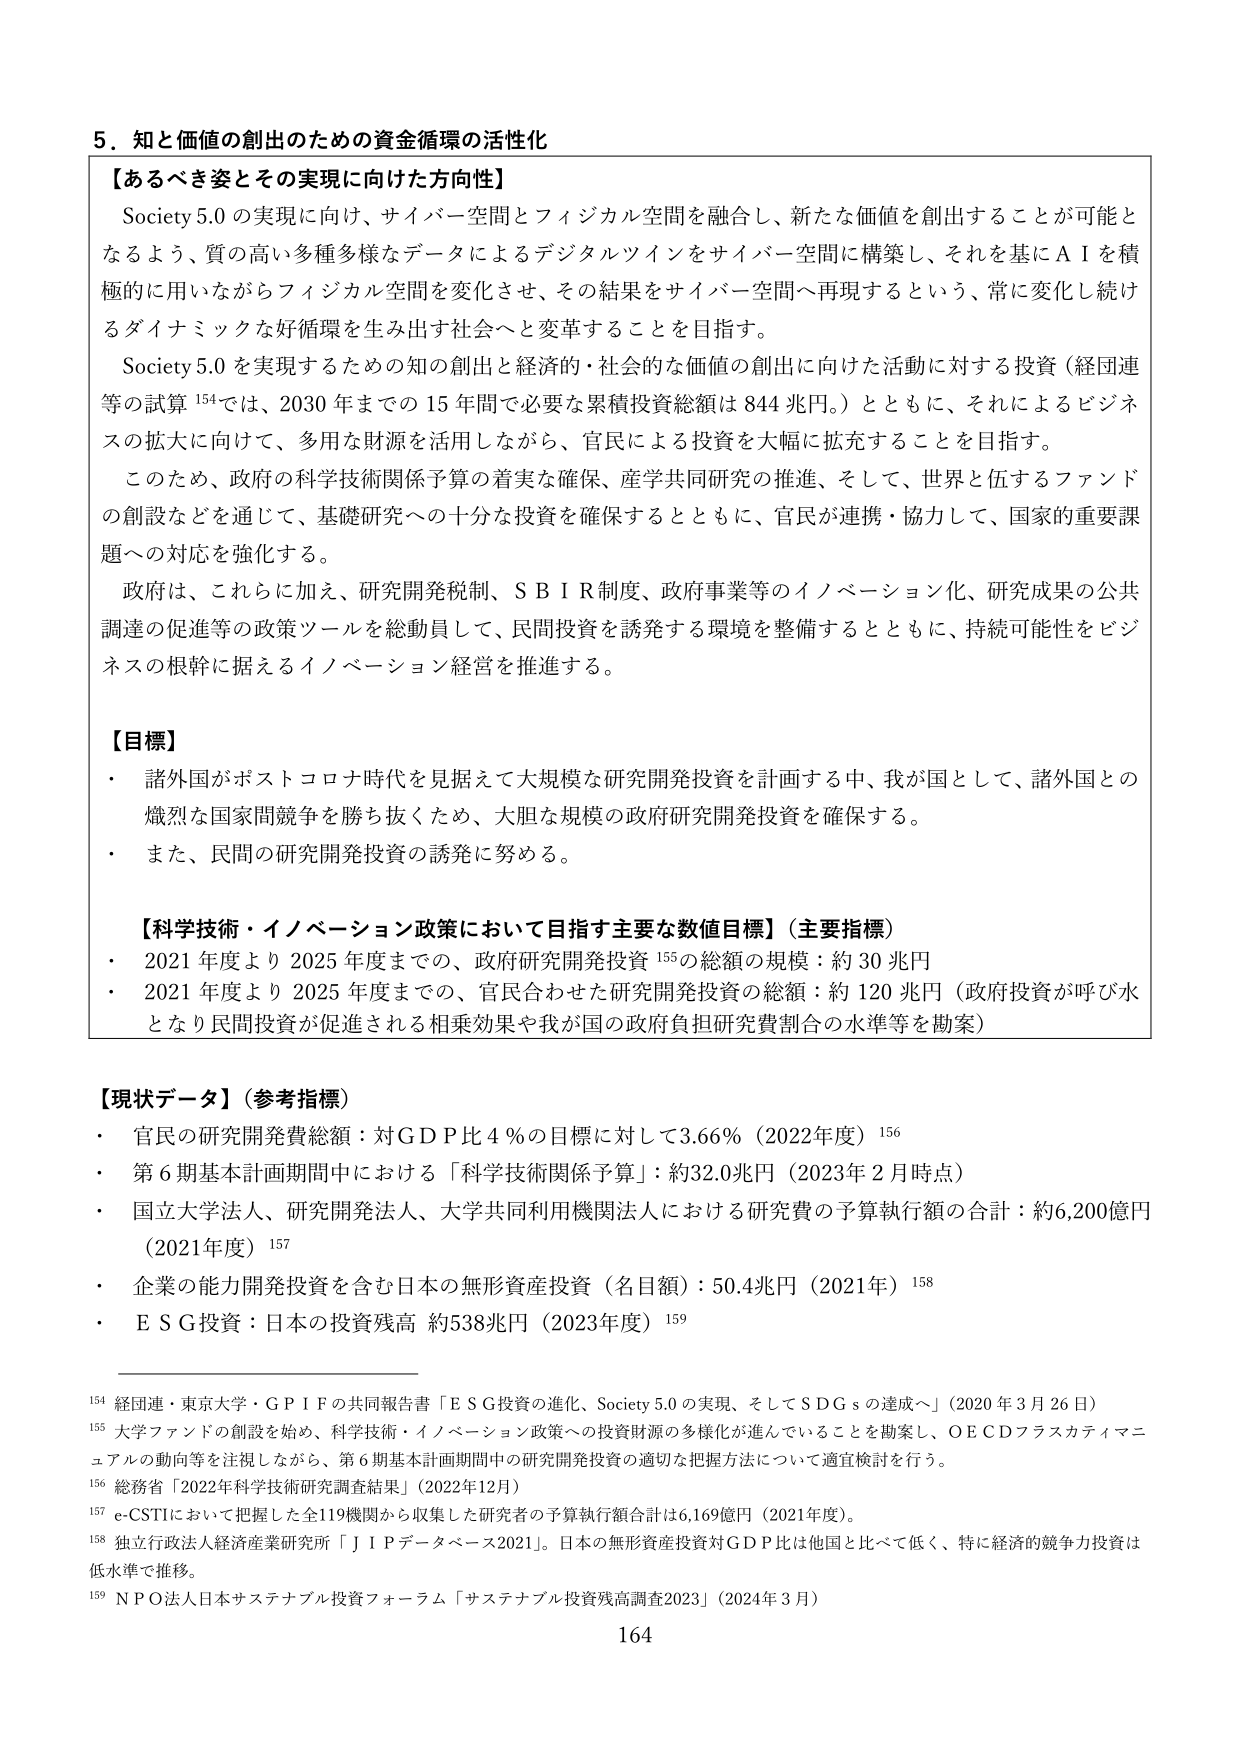
5．知と価値の創出のための資金循環の活性化

【あるべき姿とその実現に向けた方向性】
Society 5.0 の実現に向け、サイバー空間とフィジカル空間を融合し、新たな価値を創出することが可能となるよう、質の高い多種多様なデータによるデジタルツインをサイバー空間に構築し、それを基にＡＩを積極的に用いながらフィジカル空間を変化させ、その結果をサイバー空間へ再現するという、常に変化し続けるダイナミックな好循環を生み出す社会へと変革することを目指す。
Society 5.0 を実現するための知の創出と経済的・社会的な価値の創出に向けた活動に対する投資（経団連等の試算 154では、2030 年までの 15 年間で必要な累積投資総額は 844 兆円。）とともに、それによるビジネスの拡大に向けて、多用な財源を活用しながら、官民による投資を大幅に拡充することを目指す。
このため、政府の科学技術関係予算の着実な確保、産学共同研究の推進、そして、世界と伍するファンドの創設などを通じて、基礎研究への十分な投資を確保するとともに、官民が連携・協力して、国家的重要課題への対応を強化する。
政府は、これらに加え、研究開発税制、ＳＢＩＲ制度、政府事業等のイノベーション化、研究成果の公共調達の促進等の政策ツールを総動員して、民間投資を誘発する環境を整備するとともに、持続可能性をビジネスの根幹に据えるイノベーション経営を推進する。

【目標】
・ 諸外国がポストコロナ時代を見据えて大規模な研究開発投資を計画する中、我が国として、諸外国との熾烈な国家間競争を勝ち抜くため、大胆な規模の政府研究開発投資を確保する。
・ また、民間の研究開発投資の誘発に努める。

【科学技術・イノベーション政策において目指す主要な数値目標】（主要指標）
・ 2021 年度より 2025 年度までの、政府研究開発投資 155の総額の規模：約 30 兆円
・ 2021 年度より 2025 年度までの、官民合わせた研究開発投資の総額：約 120 兆円（政府投資が呼び水となり民間投資が促進される相乗効果や我が国の政府負担研究費割合の水準等を勘案）

【現状データ】（参考指標）
・ 官民の研究開発費総額：対ＧＤＰ比 4 ％の目標に対して 3.66％（2022年度）156
・ 第 6 期基本計画期間中における「科学技術関係予算」：約32.0兆円（2023年 2 月時点）
・ 国立大学法人、研究開発法人、大学共同利用機関法人における研究費の予算執行額の合計：約6,200億円（2021年度）157
・ 企業の能力開発投資を含む日本の無形資産投資（名目額）：50.4兆円（2021年）158
・ ＥＳＧ投資：日本の投資残高 約538兆円（2023年度）159

154 経団連・東京大学・ＧＰＩＦの共同報告書「ＥＳＧ投資の進化、Society 5.0 の実現、そしてＳＤＧｓの達成へ」（2020 年 3 月 26 日）
155 大学ファンドの創設を始め、科学技術・イノベーション政策への投資財源の多様化が進んでいることを勘案し、ＯＥＣＤフラスカティマニュアルの動向等を注視しながら、第6期基本計画期間中の研究開発投資の適切な把握方法について適宜検討を行う。
156 総務省「2022年科学技術研究調査結果」（2022年12月）
157 e-CSTIにおいて把握した全119機関から収集した研究者の予算執行額合計は6,169億円（2021年度）。
158 独立行政法人経済産業研究所「ＪＩＰデータベース2021」。日本の無形資産投資対ＧＤＰ比は他国と比べて低く、特に経済的競争力投資は低水準で推移。
159 ＮＰＯ法人日本サステナブル投資フォーラム「サステナブル投資残高調査2023」（2024年 3 月）

164